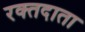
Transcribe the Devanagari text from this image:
रक्‍तदाता